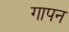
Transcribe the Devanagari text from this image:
गापन